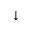
\downarrow